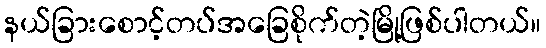
နယ်ခြားစောင့်တပ်အခြေစိုက်တဲ့မြို့ဖြစ်ပါတယ်။